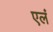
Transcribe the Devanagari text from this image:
एलं